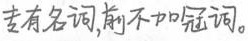
##专有名词，前不加啊冠词。##